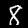
Label: 8